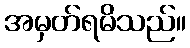
အမှတ်ရမိသည်။